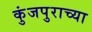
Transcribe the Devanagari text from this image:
कुंजपुराच्या